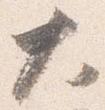
大